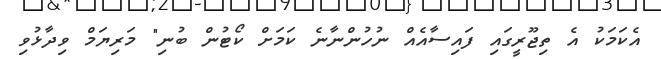
އެކަމަކު އެ ތިޖޫރީގައި ފައިސާއެއް ނުހުންނާނެ ކަމަށް ކޯޓުން ބުނި" މަރިޔަމް ވިދާޅުވި